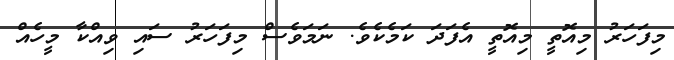
މިފަހަރު މިއޮތީ މިއޮތީ އެފަދަ ކަމެކެވެ. ނަމަވެސް މިފަހަރު ސައި ވިއްކާ މީހެއް